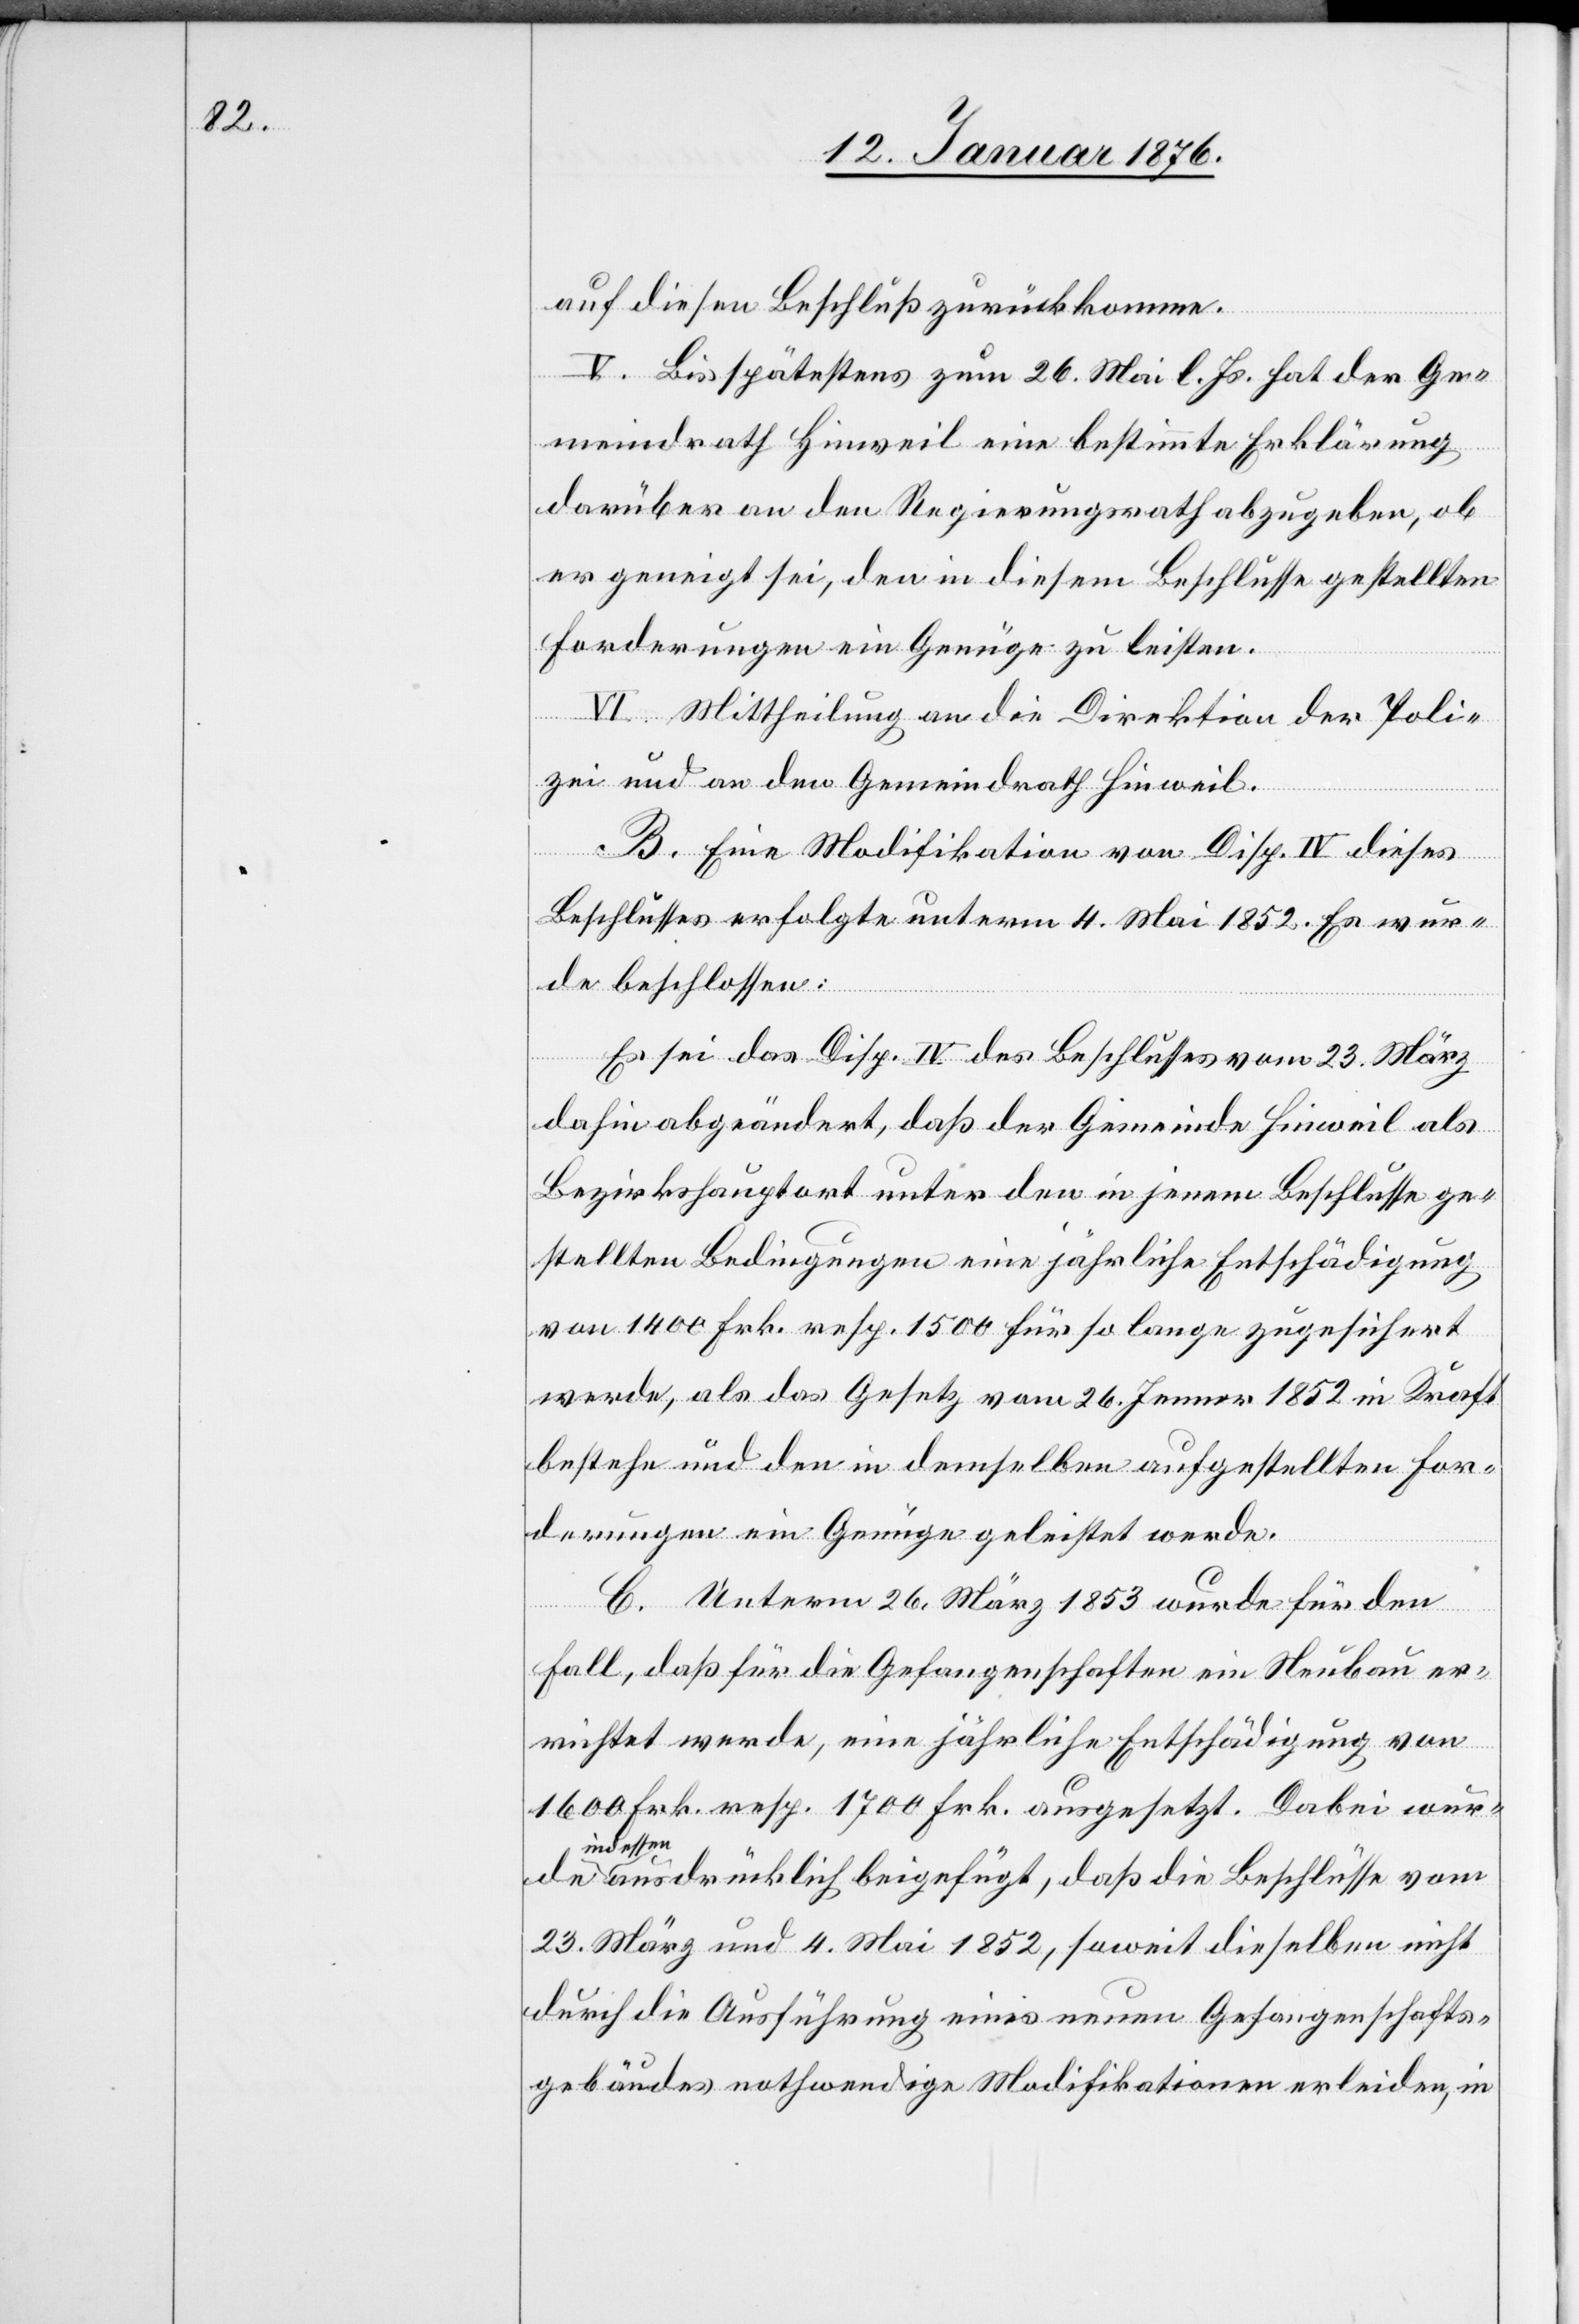
auf diesen Beschluß zurückkomme.
V. Bis spätestens zum 26. Mai l. Js. hat der Ge¬
meindrath Hinweil eine bestimmte Erklärung
de
darüber an den Regierungsrath abzugeben, ob
er geneigt sei, den in diesem Beschlusse gestellten
Forderungen ein Genüge zu leisten.
VI. Mittheilung an die Direktion der Poli¬
zei und an den Gemeindrath Hinweil.
B. Eine Modifikation von Disp. IV dieses
Beschlusses erfolgte unterm 4. Mai 1852. Es wur¬
de beschlossen:
Es sei das Disp. IV des Beschlusses vom 23. März
dahin abgeändert, daß der Gemeinde Hinweil als
Bezirkshauptort unter den in jenem Beschlusse ge¬
stellten Bedingungen eine jährliche Entschädigung
von 1400 Frk. resp. 1500 für so lange zugesichert
werde, als das Gesetz vom 26. Jenner 1852 in Kraft
bestehe und den in demselben aufgestellten For¬
derungen ein Genüge geleistet werde.
C. Unterm 26. März 1853 wurde für den
Fall, daß für die Gefangenschaften ein Neubau er¬
richtet werde, eine jährliche Entschädigung von
1600 Frk. resp. 1700 Frk. ausgesetzt. Dabei wur¬
indesse¬
n ausdrücklich beigefügt, daß die Beschlüsse vom
23. März und 4. Mai 1852, soweit dieselben nicht
durch die Ausführung eines neuen Gefangenschafts¬
gebäudes nothwendige Modifikationen erleiden, in